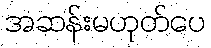
အဆန်းမဟုတ်ပေ